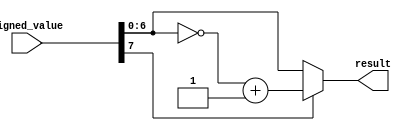
/***********************************************
Module Name:   Abs
Feature:       Absolute Value
Coder:         Garfield
Organization:  XXXX Group, Department of Architecture
------------------------------------------------------
Input ports:   signed_value, 8 bits, operent
Output Ports:  result, 7 bits, absolute value of input
------------------------------------------------------
History:
12-18-2015: First Version by Garfield
12-18-2015: First Verified by Abs_test by Garfield
***********************************************/

module abs
  ( 
    input[7:0] signed_value, 
    output reg[6:0] result
  );

//Definition for Variables in the module


//Load other module(s)

//Logical
always @(signed_value)
begin
    if ( signed_value[7])
	 //Negative number input
	 begin
	     result <= (~signed_value[6:0]) + 7'h01;
	 end
	 else
	 //Positive number or zero input
	 begin
	     result <= signed_value[6:0];
	 end
end

endmodule